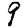
Digit: 9